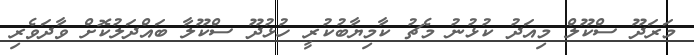
މަރަދޫ ސްކޫލް މިއަދު ކުޅުނު މެޗު ކާމިޔާބުކުރީ ހުޅުދޫ ސްކޫލާ ބަައްދަލުކޮށް ވާދަވެރި